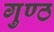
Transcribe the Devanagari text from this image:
गुण्ठ